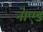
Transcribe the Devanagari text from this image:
नोएड